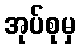
အုပ်စုမှ